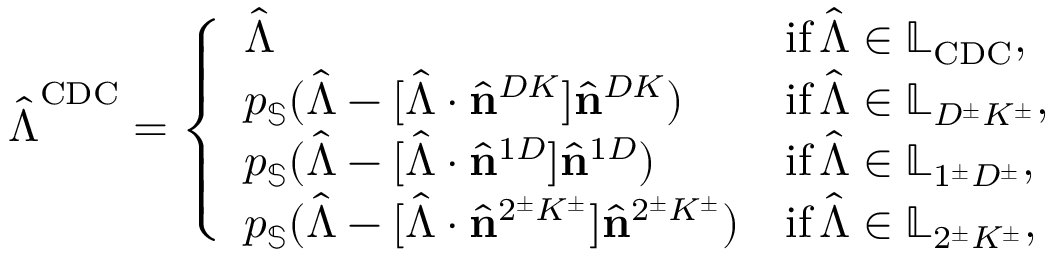
\hat { \boldsymbol { \Lambda } } ^ { \mathrm { C D C } } = \left\{ \begin{array} { l l } { \hat { \boldsymbol { \Lambda } } } & { \mathrm { i f \, } \hat { \boldsymbol { \Lambda } } \in \mathbb { L } _ { \mathrm { C D C } } , } \\ { p _ { \mathbb { S } } ( \hat { \boldsymbol { \Lambda } } - [ \hat { \boldsymbol { \Lambda } } \cdot \hat { \mathbf { n } } ^ { D K } ] \hat { \mathbf { n } } ^ { D K } ) } & { \mathrm { i f \, } \hat { \boldsymbol { \Lambda } } \in \mathbb { L } _ { D ^ { \pm } K ^ { \pm } } , } \\ { p _ { \mathbb { S } } ( \hat { \boldsymbol { \Lambda } } - [ \hat { \boldsymbol { \Lambda } } \cdot \hat { \mathbf { n } } ^ { 1 D } ] \hat { \mathbf { n } } ^ { 1 D } ) } & { \mathrm { i f \, } \hat { \boldsymbol { \Lambda } } \in \mathbb { L } _ { 1 ^ { \pm } D ^ { \pm } } , } \\ { p _ { \mathbb { S } } ( \hat { \boldsymbol { \Lambda } } - [ \hat { \boldsymbol { \Lambda } } \cdot \hat { \mathbf { n } } ^ { 2 ^ { \pm } K ^ { \pm } } ] \hat { \mathbf { n } } ^ { 2 ^ { \pm } K ^ { \pm } } ) } & { \mathrm { i f \, } \hat { \boldsymbol { \Lambda } } \in \mathbb { L } _ { 2 ^ { \pm } K ^ { \pm } } , } \end{array} \right.